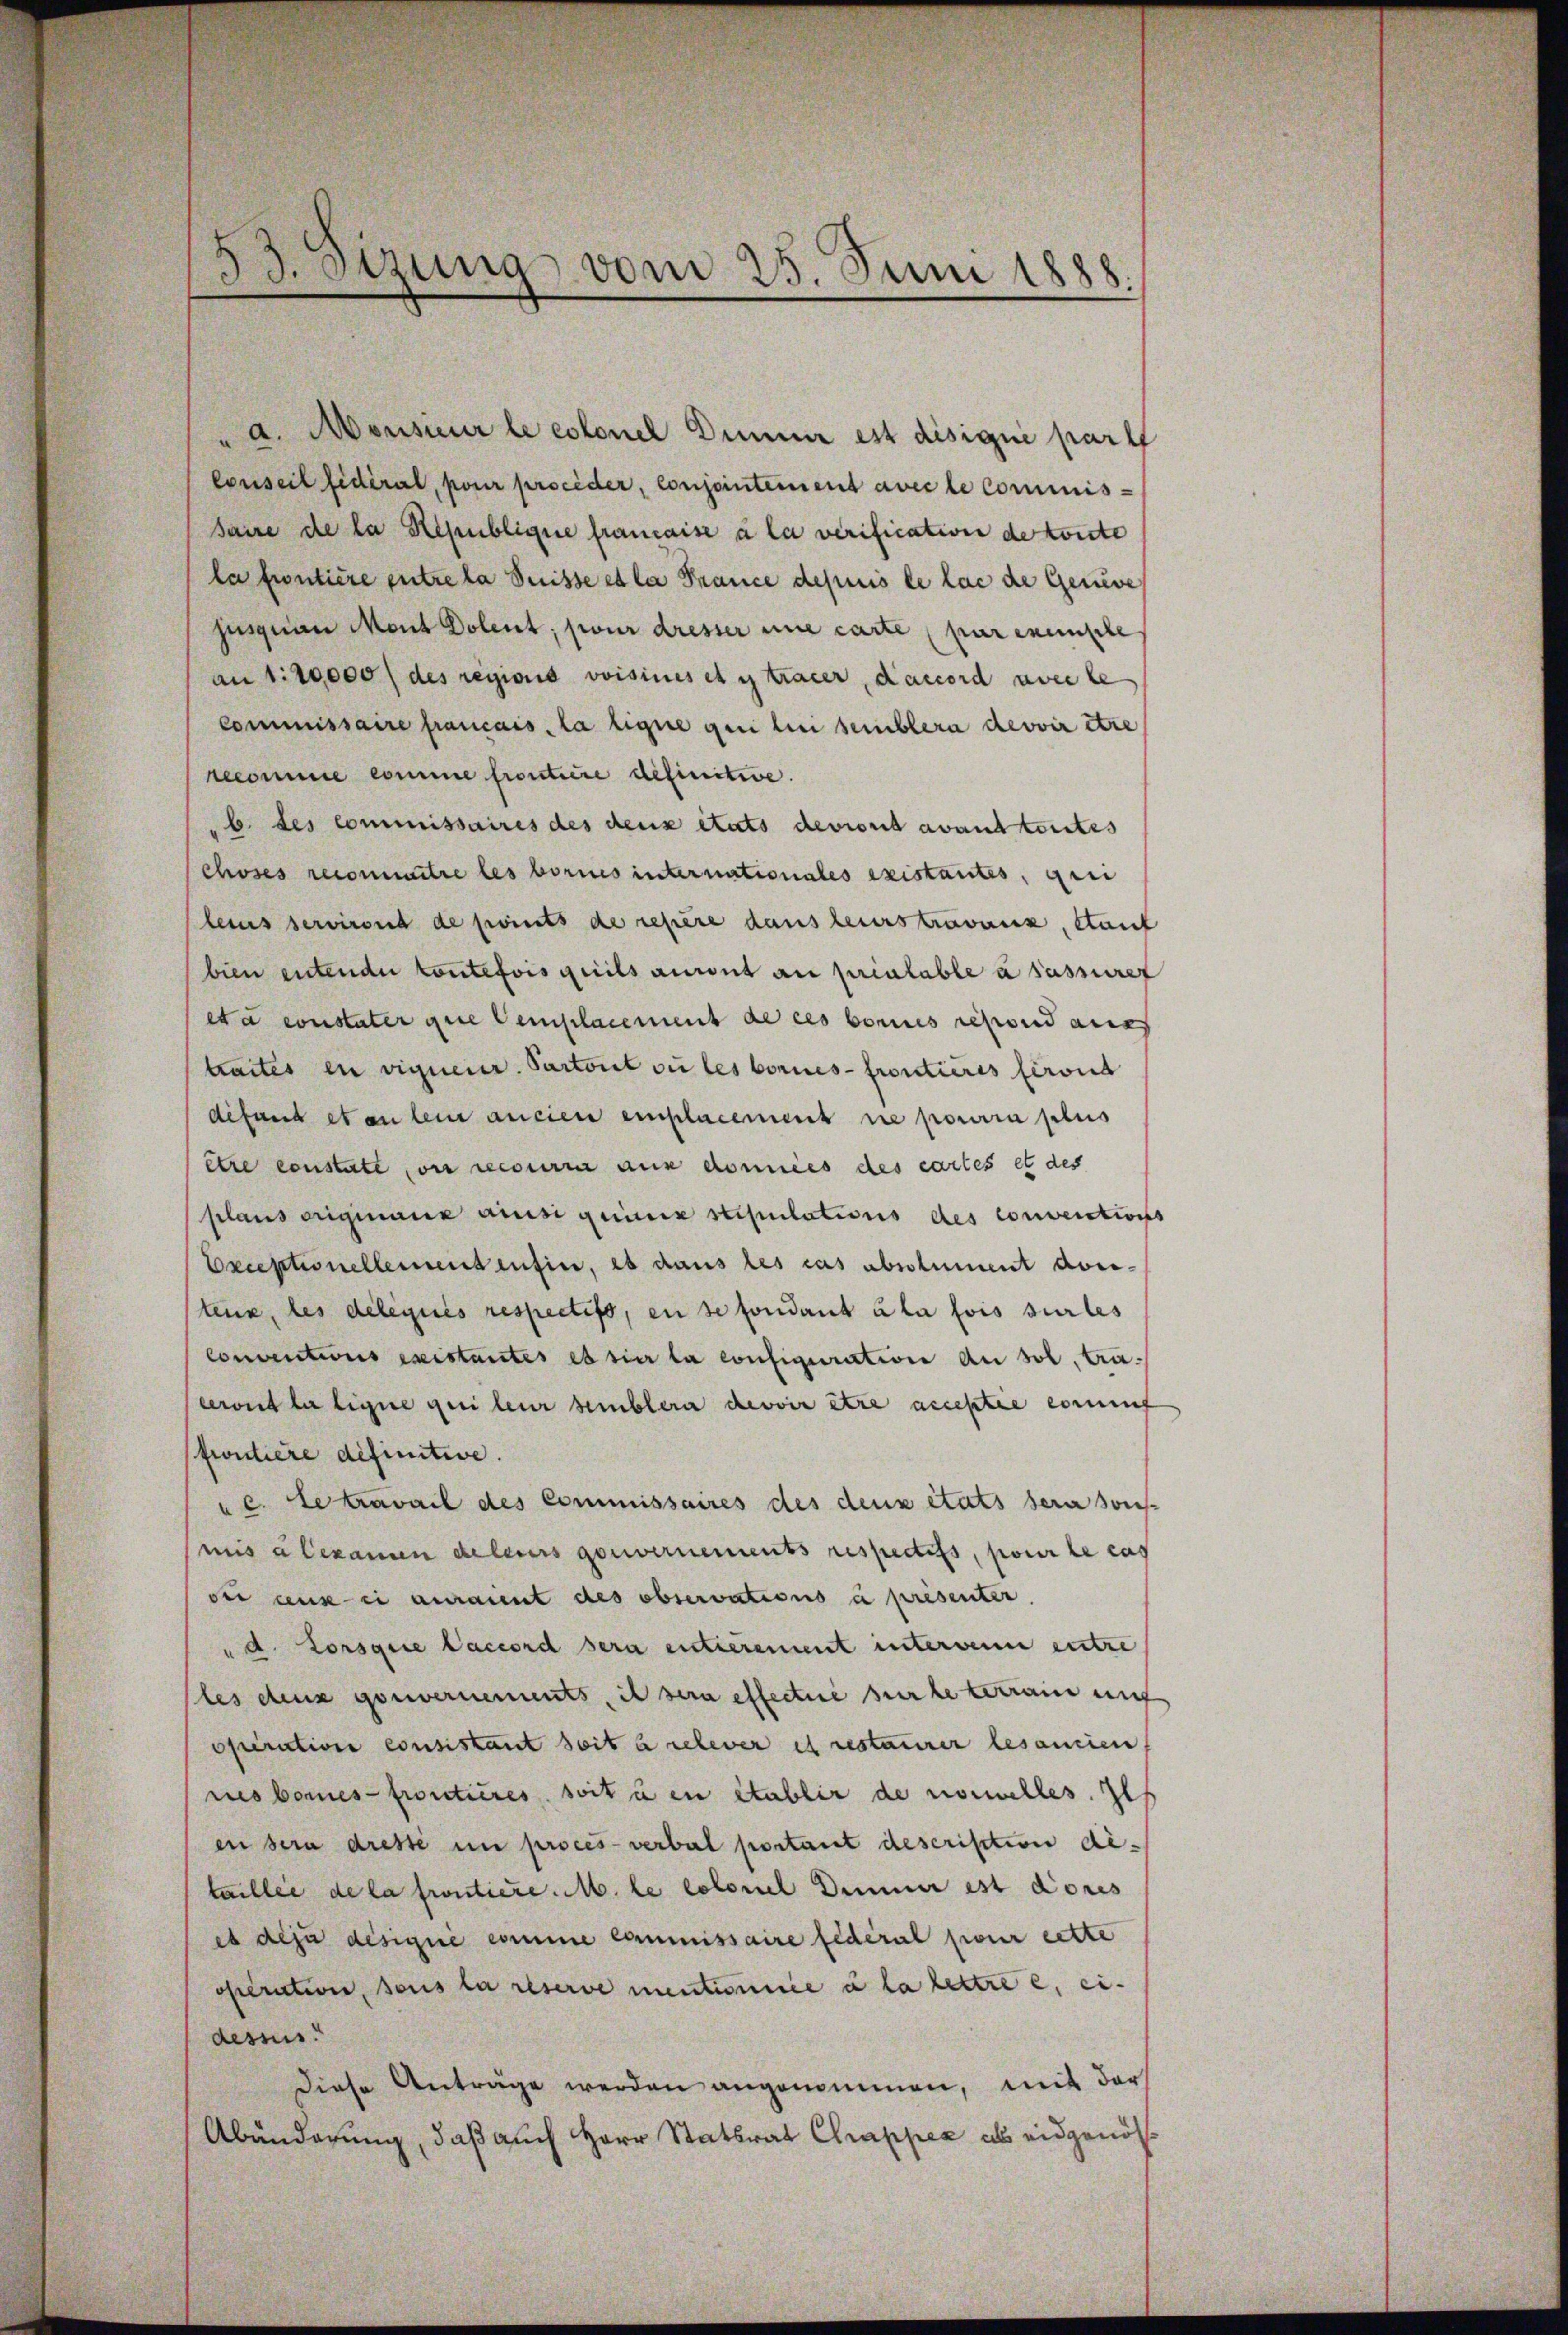
33. etzung vom 25. Juni 1888.

a. Monsieur le colonel Diner est disique par
Conseil fidéral, pour proceder, conjointement avec le commis-
saire de la République francaise à la verification de toute
la fontière entre la Suisse et la Prance depuis le las die Geneve
jusquan Mont Dolent, pour dresser une carte (par exemple
an 1:10,000 / des regions voisines et y tracer, Kaccord avec le
Commissaire francais, la ligne qui lui semblera devoir être
recomme comme frontaire definitive.
b. des Commissaires des deux états devront avant toutes
choses reconnaitre les bornes internationales existantes, qui
leius servirend de points de repère dans leurs travaux, laut
bien entende toutefois quils auront au prialable à sassurer
eta constater gute emplacement de ces bonus repond auc
traites en vigneur. Partout ou les bornes-frontieres feront
defaul et an lein ancien emplacement ne pourra plus
être constate von recourra aus données des cartes et des
plans originanz ansi quinz stipulations des conventions
Eeceptionellement infin, es dans les cas absolument dorstens, les deliqués respectifs, en se fondant à la fois sur les
Concentions existantes es hier la configuration an sol, tri-
ceront la ligne qui leur semblera devoir être acceptie conf
fridiere definitive.
"c. Le travail des Commissaires des deux états sera sons
mis a bekammen de leurs gouvernements respectifs, pour le cas
oir ceux-ci aurannt des observations à presenter.
"d. Lorsque laccord sera entierement interwenn entre
(les deux gouvernements, il sera effectire sur le terrain mit
operation consistant soit à relever es restaurer lesanien
res bornes froutieres, soit à en établir de nouvelles. Il
en sera dresse in procès-verbal postant description ditaillee de la frontiere. M. le colonel Deiner est dores
es deju désigné comme commissaire fédéral pour cette
operation, sous la réserve mentionnée à la lettre e, ei-
desses.
diese Anträge werden angenommen, mit der
Abänderung, daß auch Herr Statsrat Chrapper als eidgenös¬